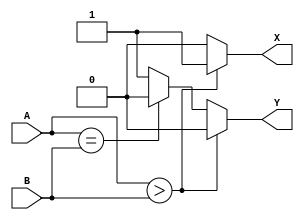
module magnitude_comparator_4(A, B, X, Y);
	
	input [3:0] A, B;
	output reg X, Y;
	
	always @(A, B)
	begin
	if(A>B)
	begin
		X=1;
		Y=0;
	end
	else if(A==B)
	begin
		X=0;
		Y=0;
	end
	else
	begin
		X=0;
		Y=1;
	end
	end
	
endmodule